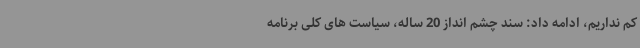
کم نداریم، ادامه داد: سند چشم انداز 20 ساله، سیاست های کلی برنامه